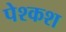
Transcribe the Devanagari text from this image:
पेश्कश